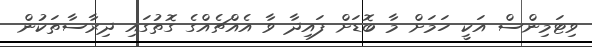
ވިޓަމިންސް އަކީ ހަމަށް މާ ބޮޑަށް ފައިދާ ވާ އެއްޗެއްގެ ގޮތުގައި ދިރާސާތަކުން